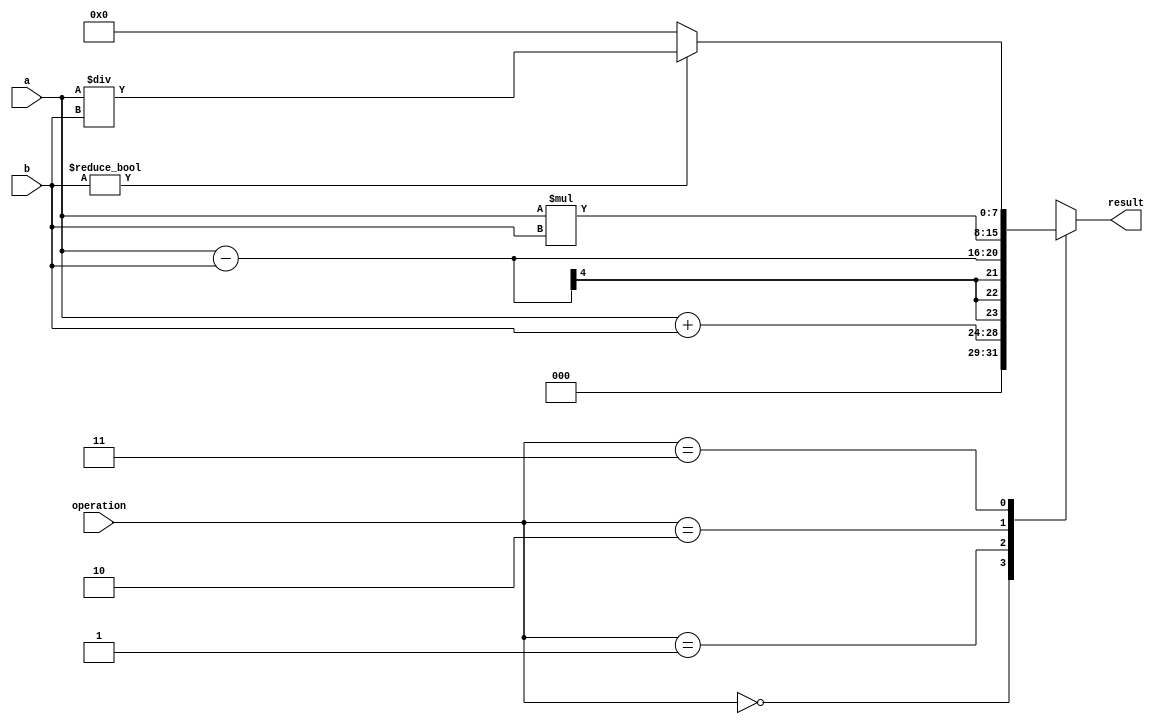
module calculator(
    input [3:0] a,
    input [3:0] b,
    input [1:0] operation,
    output reg [7:0] result
);
    parameter ADD = 2'b00, SUB = 2'b01, MUL = 2'b10, DIV = 2'b11;

    always @(*) begin
        case (operation)
            ADD: result = a + b;
            SUB: result = a - b;
            MUL: result = a * b;
            DIV: result = (b != 0) ? (a / b) : 8'b00000000; // Prevent divide by zero
            default: result = 8'b00000000;
        endcase
        $display("Calculator: a = %b, b = %b, operation = %b, result = %b", a, b, operation, result);
    end
endmodule